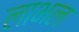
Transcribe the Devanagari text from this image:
लाभल